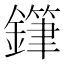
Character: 𨬾